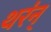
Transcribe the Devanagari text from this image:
थर॑न्